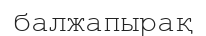
балжапырақ